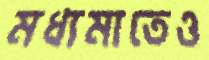
মধ্যমাতেও